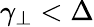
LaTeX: \gamma_{\perp}<\Delta